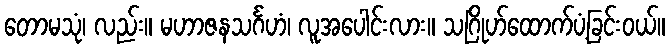
တောမသုံ၊ လည်း။ မဟာဇနသင်္ဂဟံ၊ လူအပေါင်းလား။ သဂြိုဟ်ထောက်ပံ့ခြင်းဝယ်။